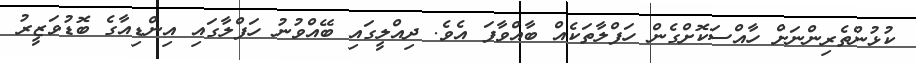
ކުޅުންތެރިންނަށް ހާއްސަކޮށްގެން ހަފްލާތަކެއް ބާއްވާފަ އެވެ. ދިއްލީގައި ބޭއްވުނު ހަފްލާގައި އިންޑިއާގެ ބޮޑުވަޒީރު